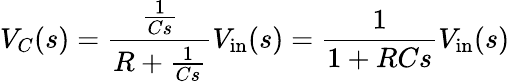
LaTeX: V_{C}(s)={\frac{\frac{1}{Cs}}{R+{\frac{1}{Cs}}}}V_{\mathrm{in}}(s)={\frac{1}{1+RCs}}V_{\mathrm{in}}(s)